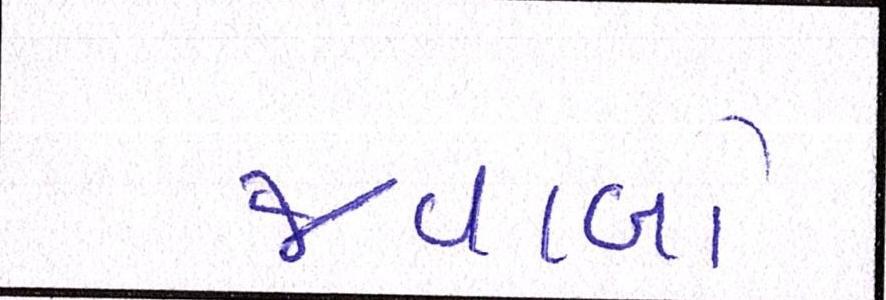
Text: જવાબો